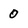
Character: 0